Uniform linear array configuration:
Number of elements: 16
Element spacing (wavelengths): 0.25
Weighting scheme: hamming
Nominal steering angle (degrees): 30
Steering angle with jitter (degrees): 28.07
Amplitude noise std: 0.05
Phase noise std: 0.05

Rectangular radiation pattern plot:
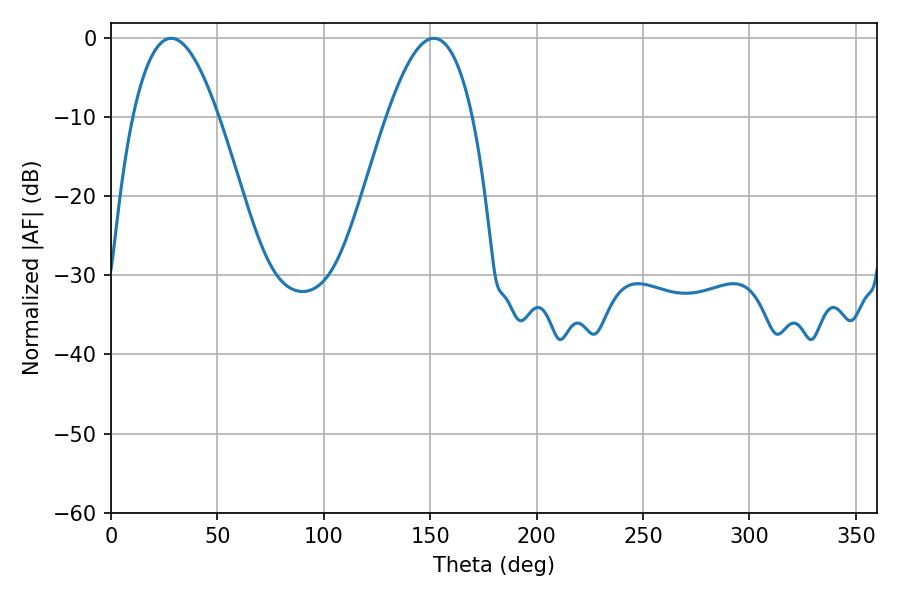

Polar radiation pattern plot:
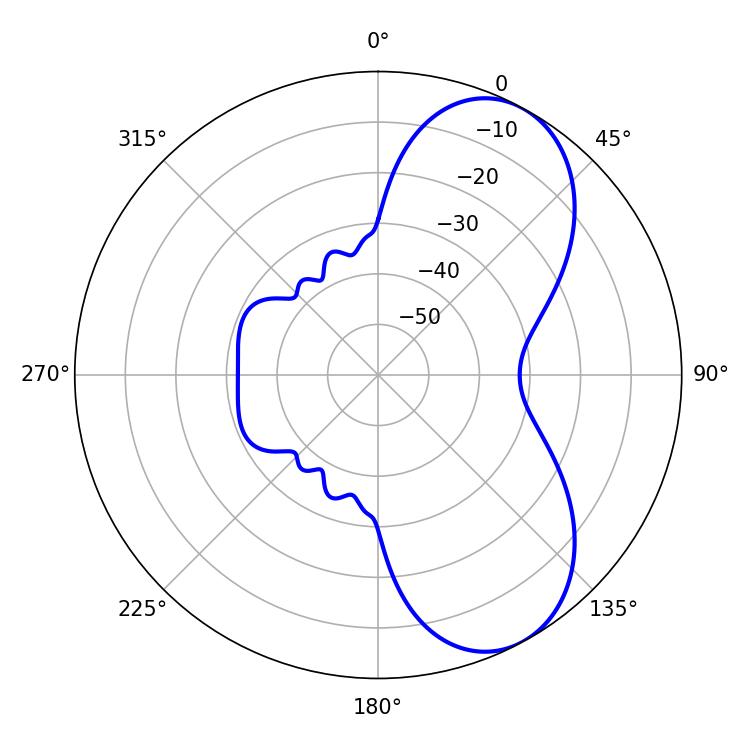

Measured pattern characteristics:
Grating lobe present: FALSE
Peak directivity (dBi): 6.934
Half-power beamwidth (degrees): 22.14
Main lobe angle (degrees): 28.26